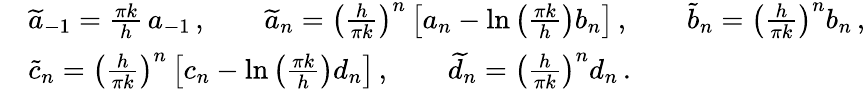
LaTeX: \begin{array}{rl}&{\widetilde a_{-1}=\frac{\pi k}{h}\, a_{-1}\, ,\qquad\widetilde a_{n}=\left(\frac{h}{\pi k}\right)^{n}\left[a_{n}-\ln\left(\frac{\pi k}{h}\right)b_{n}\right]\, ,\qquad\widetilde b_{n}=\left(\frac{h}{\pi k}\right)^{n}b_{n}\, ,}\\ &{\widetilde c_{n}=\left(\frac{h}{\pi k}\right)^{n}\left[c_{n}-\ln\left(\frac{\pi k}{h}\right)d_{n}\right]\, ,\qquad\widetilde d_{n}=\left(\frac{h}{\pi k}\right)^{n}d_{n}\, .}\end{array}